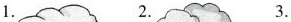
1. 2. 3.